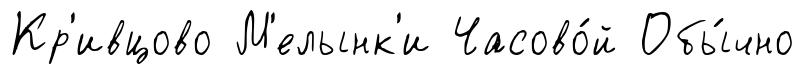
Кр'ивцово М'елынк'и Часово́й Обы́чно